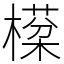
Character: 㯣